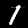
Digit: 1